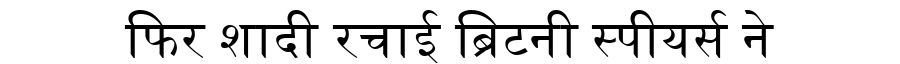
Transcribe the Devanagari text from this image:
फिर शादी रचाई ब्रिटनी स्पीयर्स ने